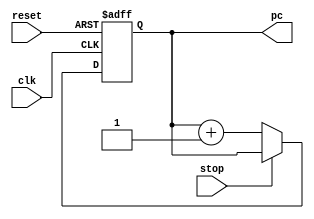
module fetch(
    input clk,        //  
    input reset,      //   
    input stop,       //   
    output reg [3:0] pc  //   
);

    //  ,    
    always @(posedge clk or negedge reset) begin
        if (~reset) begin
            // reset     0 
            pc <= 4'b0;
        end
        else if (~stop) begin
            // stop      
            pc <= pc + 4'b1;
        end
        // stop      
    end

endmodule